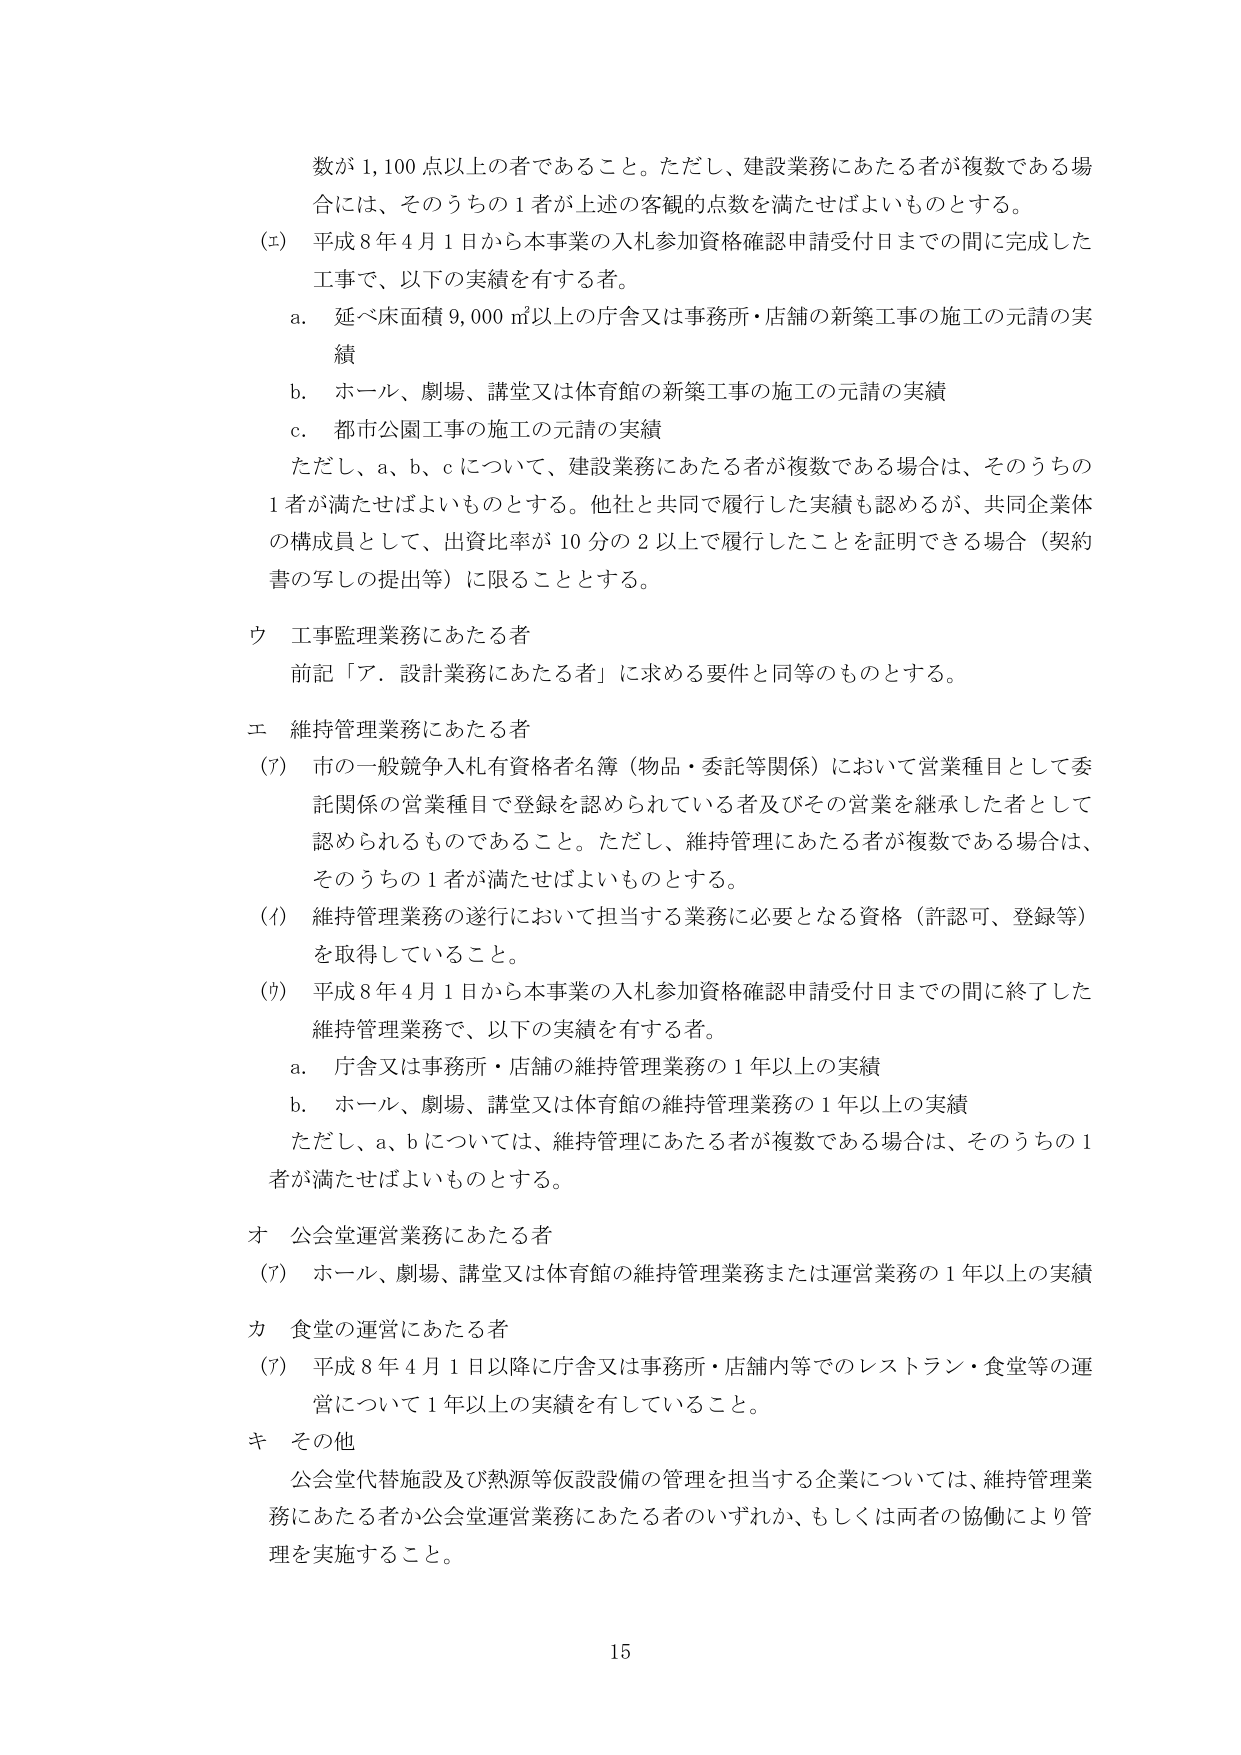
数が 1,100 点以上の者であること。ただし、建設業務にあたる者が複数である場合には、そのうちの 1 者が上述の客観的点数を満たせばよいものとする。

(エ) 平成 8 年 4 月 1 日から本事業の入札参加資格確認申請受付日までの間に完成した工事で、以下の実績を有する者。

a. 延べ床面積 9,000 ㎡以上の庁舎又は事務所・店舗の新築工事の施工の元請の実績

b. ホール、劇場、講堂又は体育館の新築工事の施工の元請の実績

c. 都市公園工事の施工の元請の実績

ただし、a、b、c について、建設業務にあたる者が複数である場合は、そのうちの 1 者が満たせばよいものとする。他社と共同で履行した実績も認めるが、共同企業体の構成員として、出資比率が 10 分の 2 以上で履行したことを証明できる場合（契約書の写しの提出等）に限ることとする。

ウ 工事監理業務にあたる者

前記「ア．設計業務にあたる者」に求める要件と同等のものとする。

エ 維持管理業務にあたる者

(ア) 市の一般競争入札有資格者名簿（物品・委託等関係）において営業種目として委託関係の営業種目で登録を認められている者及びその営業を継承した者として認められるものであること。ただし、維持管理にあたる者が複数である場合は、そのうちの 1 者が満たせばよいものとする。

(イ) 維持管理業務の遂行において担当する業務に必要となる資格（許認可、登録等）を取得していること。

(ウ) 平成 8 年 4 月 1 日から本事業の入札参加資格確認申請受付日までの間に終了した維持管理業務で、以下の実績を有する者。

a. 庁舎又は事務所・店舗の維持管理業務の 1 年以上の実績

b. ホール、劇場、講堂又は体育館の維持管理業務の 1 年以上の実績

ただし、a、b については、維持管理にあたる者が複数である場合は、そのうちの 1 者が満たせばよいものとする。

オ 公会堂運営業務にあたる者

(ア) ホール、劇場、講堂又は体育館の維持管理業務または運営業務の 1 年以上の実績

カ 食堂の運営にあたる者

(ア) 平成 8 年 4 月 1 日以降に庁舎又は事務所・店舗内等でのレストラン・食堂等の運営について 1 年以上の実績を有していること。

キ その他

公会堂代替施設及び熱源等仮設設備の管理を担当する企業については、維持管理業務にあたる者か公会堂運営業務にあたる者のいずれか、もしくは両者の協働により管理を実施すること。

15